Medical and sanitary report on the native army of Bombay for the year
Year: 1878
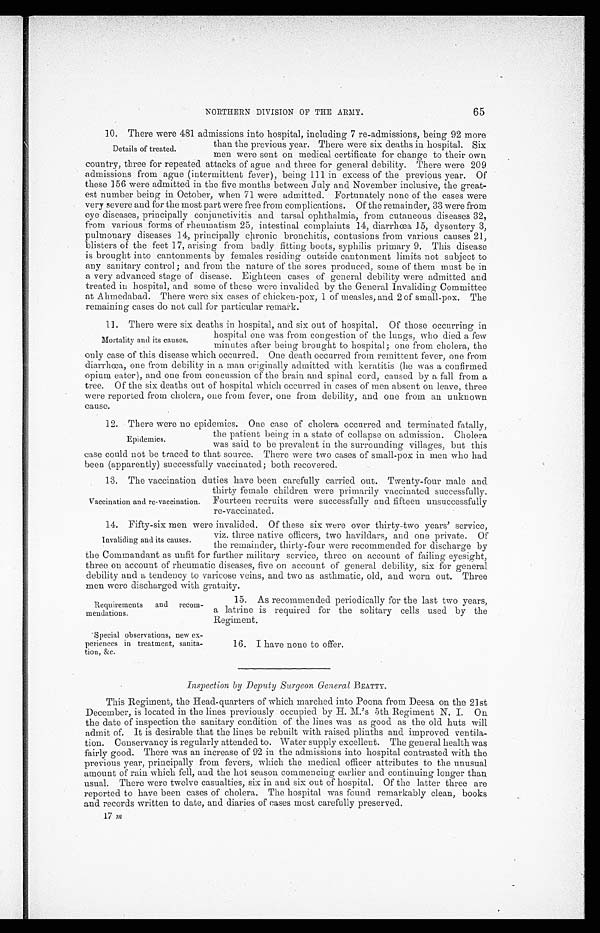
Requirements
mendations.
and recom-
Special observations, new ex-
-periences in treatment, sanita--
tion, &c.
NORTHERN DIVISION OF THE ARMY.
65
10. There were 481 admissions into hospital, including 7 re-admissions, being 92 more
than the previous year. There were six deaths in hospital. Six
men were sent on medical certificate for change to their own
country, three for repeated attacks of ague and three for general debility. There were 209
admissions from ague (intermittent fever), being 111 in excess of the previous year. Of
these 156 were admitted in the five months between July and November inclusive, the great-
est number being in October, when 71 were admitted. Fortunately none of the cases were
very severe and for the most part were free from complications. Of the remainder, 33 were from
eye diseases, principally conjunctivitis and tarsal ophthalmia, from cutaneous diseases 32,
from various forms of rheumatism 25, intestinal complaints 14, diarrhœa 15, dysentery 3,
pulmonary diseases 14, principally chronic bronchitis, contusions from various causes 21,
blisters of the feet 17, arising from badly fitting boots, syphilis primary 9. This disease
is brought into cantonments by females residing outside cantonment limits not subject to
any sanitary control; and from the nature of the sores produced, some of them must be in
a very advanced stage of disease. Eighteen cases of general debility were admitted and
treated in hospital, and some of these were invalided by the General Invaliding Committee
at Ahmedabad. There were six cases of chicken-pox, 1 of measles, and 2 of small-pox. The
remaining cases do not call for particular remark.
11. There were six deaths in hospital, and six out of hospital. Of those occurring in
hospital one was from congestion of the lungs, who died a few
minutes after being brought to hospital; one from cholera, the
only case of this disease which occurred. One death occurred from remittent fever, one from
d i a r r h œ a , o n e f r o m d e b i l i t y i n a m a n o r i g i n a l l y a d m i t t e d w i t h k e r a t i t i s ( h e w a s a c o n f i r m e d
opium eater), and one from concussion of the brain and spinal cord, caused by a fall from a
tree. Of the six deaths out of hospital which occurred in cases of men absent on leave, three
were reported from cholera, one from fever, one from debility, and one from an unknown
cause.
12. There were no epidemics. One case of cholera occurred and terminated fatally,
the patient being in a state of collapse on admission. Cholera
was said to be prevalent in the surrounding villages, but this
case could not be traced to that source. There were two cases of small-pox in men who had
been (apparently) successfully vaccinated; both recovered.
13. The vaccination duties have been carefully carried out. Twenty-four male and
thirty female children were primarily vaccinated successfully.
Fourteen recruits were successfully and fifteen unsuccessfully
re-vaccinated.
14. Fifty-six men were invalided. Of these six were over thirty-two years' service,
viz. three native officers, two havildars, and one private. Of
the remainder, thirty-four were recommended for discharge by
the Commandant as unfit for further military service, three on account of failing eyesight,
three on account of rheumatic diseases, five on account of general debility, six for general
debility and a tendency to varicose veins, and two as asthmatic, old, and worn out. Three
men were discharged with gratuity.
15. As recommended periodically for the last two years,
a latrine is required for the solitary cells used by the
Regiment.
16. I have none to offer.
Inspection by Deputy Surgeon General BEATTY.
This Regiment, the Head-quarters of which marched into Poona from Deesa on the 21st
December, is located in the lines previously occupied by H. M.'s 5th Regiment N. I. On
the date of inspection the sanitary condition of the lines was as good as the old huts will
admit of. It is desirable that the lines be rebuilt with raised plinths and improved ventila-
-tion. Conservancy is regularly attended to. Water supply excellent. The general health was
fairly good. There was an increase of 92 in the admissions into hospital contrasted with the
previous year, principally from fevers, which the medical officer attributes to the unusual
amount of rain which fell, and the hot season commencing earlier and continuing longer than
usual. There were twelve casualties, six in and six out of hospital. Of the latter three are
reported to have been cases of cholera. The hospital was found remarkably clean, books
and records written to date, and diaries of cases most carefully preserved.
17 m
Details of treated.
Mortality and its causes.
Epidemics.
Vaccination and re-vaccination.
Invaliding and its causes.